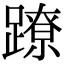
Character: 蹽